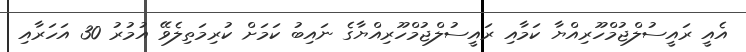
އެއީ ރައީސުލްޖުމްހޫރިއްޔާ ކަމާއި ރައީސުލްޖުމްހޫރިއްޔާގެ ނައިބު ކަމަށް ކުރިމަތިލެވޭ އުމުރު 30 އަހަރާއި